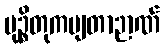
မုဉ္စိတုကမျတာဉာဏ်